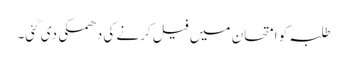
طلبہ کو امتحان میں فیل کرنے کی دھمکی دی گئی۔